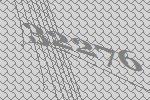
32276